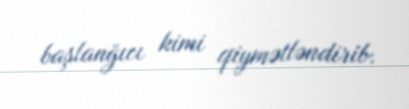
başlanğıcı kimi qiymətləndirib.